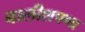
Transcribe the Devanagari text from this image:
बालीशपणा